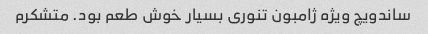
ساندویچ ویژه ژامبون تنوری بسیار خوش طعم بود. متشکرم